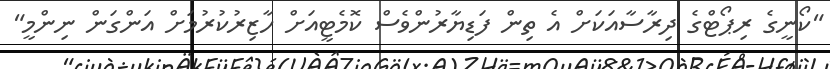
"ކޯނީގެ ރިޕޯޓްގެ ދިރާސާއަކަށް އެ ތިން ފަޑިޔާރުންވެސް ކޮމެޓީއަށް ހާޒިރުކުރުމަށް އަންގަން ނިންމީ"